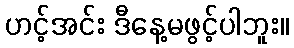
ဟင့်အင်း ဒီနေ့မဖွင့်ပါဘူး။